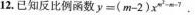
12.已知反比例函数$$y = ( m - 2 ) x ( m ^ { 2 } - m - 7 )$$.